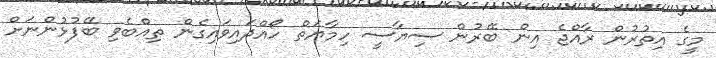
މީގެ އިތުރުން ރާއްޖެ އިން ބޭރުން ސިޔާސީ ހިމާޔަތް ހޯއްދައިވައިގެން ތިއްބެވި ބޭފުޅުންނަށް